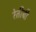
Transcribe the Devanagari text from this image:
रेतीची